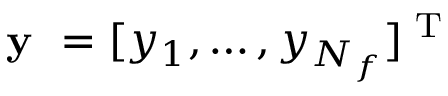
\textbf { y } = [ y _ { 1 } , \dots , y _ { N _ { f } } ] ^ { \textrm { T } }